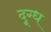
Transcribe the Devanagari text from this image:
दूग्ध